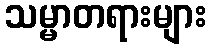
သမ္မာတရားများ